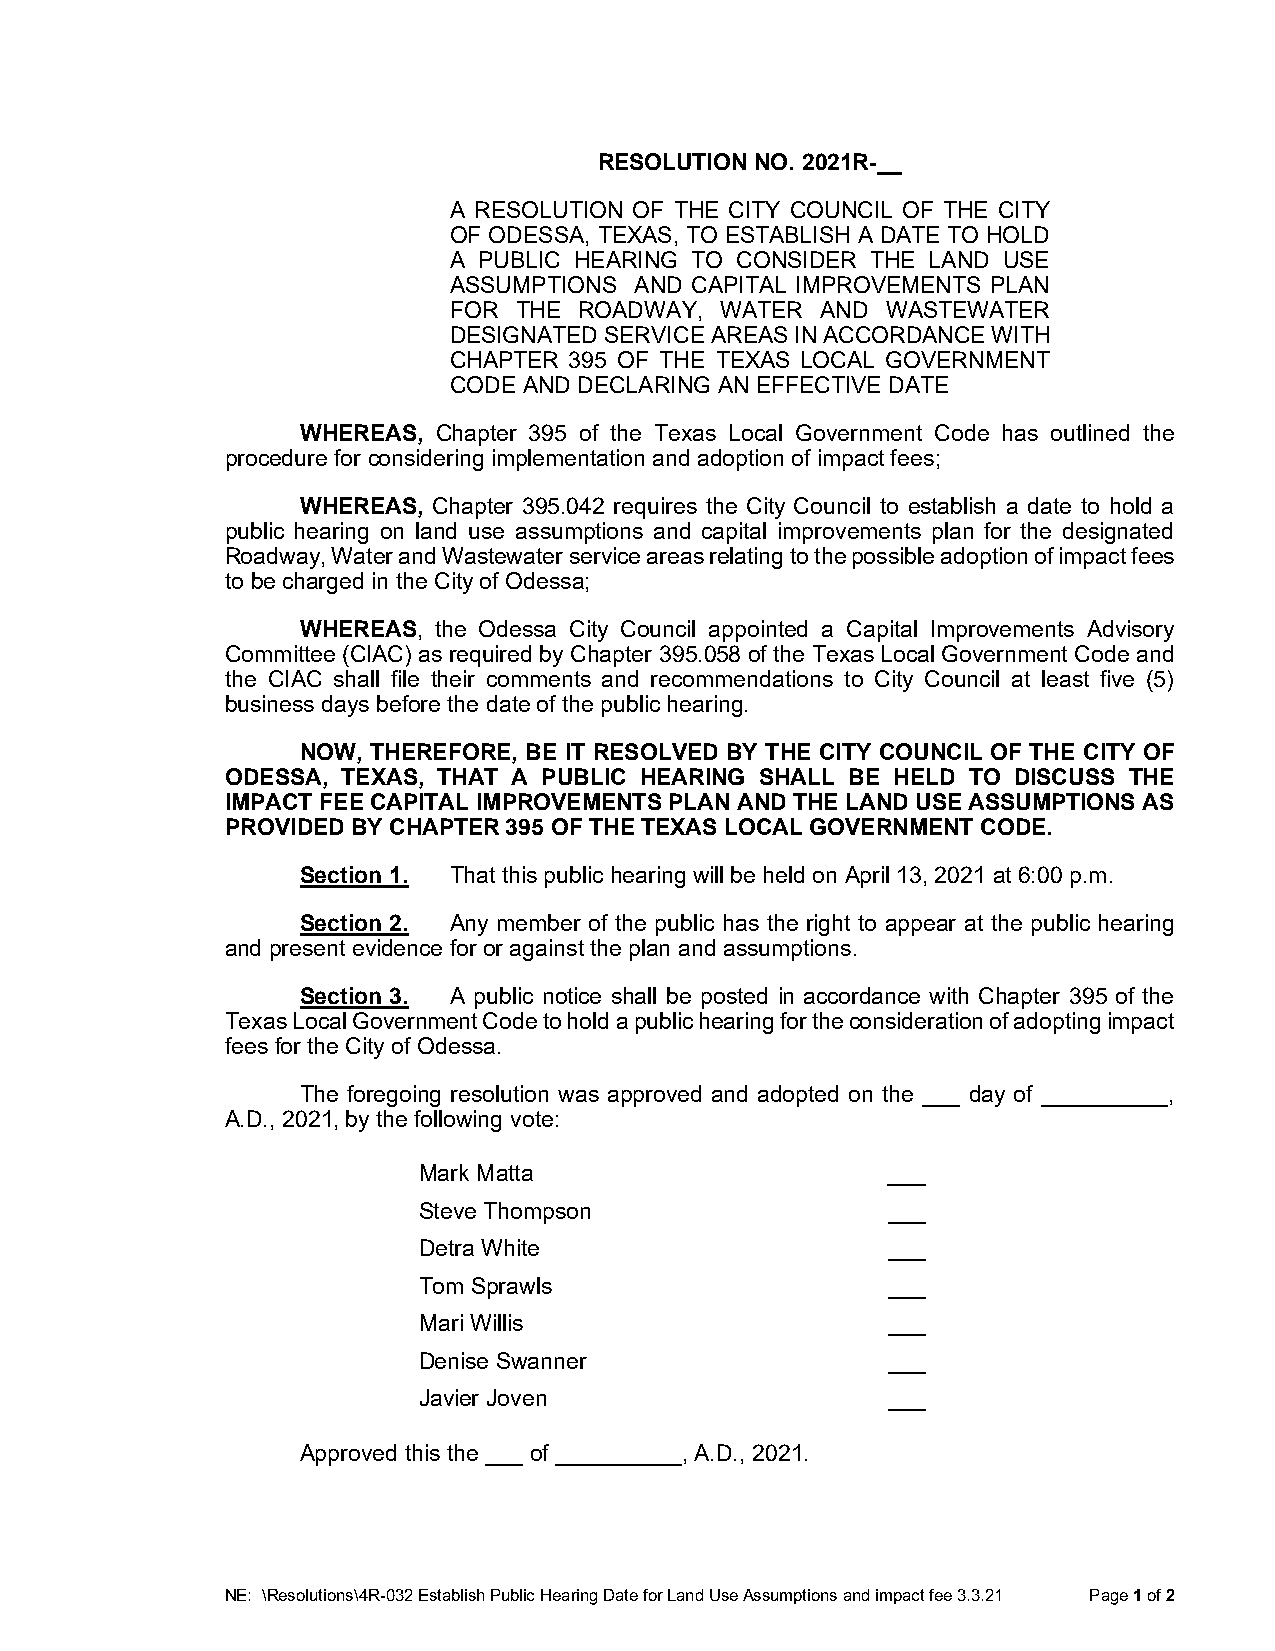
RESOLUTION NO. 2021R-__
 A RESOLUTION OF THE CITY COUNCIL OF THE CITY
 OF ODESSA, TEXAS, TO ESTABLISH A DATE TO HOLD
 A PUBLIC HEARING TO CONSIDER THE LAND USE
 ASSUMPTIONS AND CAPITAL IMPROVEMENTS PLAN
 FOR THE ROADWAY,  WATER AND  WASTEWATER
 DESIGNATED SERVICE AREAS IN ACCORDANCE WITH
 CHAPTER 395 OF THE TEXAS LOCAL GOVERNMENT
 CODE AND DECLARING AN EFFECTIVE DATE
 WHEREAS, Chapter 395 of the Texas Local Government Code has outlined the
 procedure for considering implementation and adoption of impact fees;
 WHEREAS, Chapter 395.042 requires the City Council to establish a date to hold a
 public hearing on land use assumptions and capital improvements plan for the designated
 Roadway, Water and Wastewater service areas relating to the possible adoption of impact fees
 to be charged in the City of Odessa;
 WHEREAS, the Odessa City Council appointed a Capital Improvements Advisory
 Committee (CIAC) as required by Chapter 395.058 of the Texas Local Government Code and
 the CIAC shall file their comments and recommendations to City Council at least five (5)
 business days before the date of the public hearing.
 NOW, THEREFORE, BE IT RESOLVED BY THE CITY COUNCIL OF THE CITY OF
 ODESSA, TEXAS, THAT A PUBLIC HEARING SHALL BE HELD TO DISCUSS THE
 IMPACT FEE CAPITAL IMPROVEMENTS PLAN AND THE LAND USE ASSUMPTIONS AS
 PROVIDED BY CHAPTER 395 OF THE TEXAS LOCAL GOVERNMENT CODE.
 Section 1. That this public hearing will be held on April 13, 2021 at 6:00 p.m.
 Section 2. Any member of the public has the right to appear at the public hearing
 and present evidence for or against the plan and assumptions.
 Section 3. A public notice shall be posted in accordance with Chapter 395 of the
 Texas Local Government Code to hold a public hearing for the consideration of adopting impact
 fees for the City of Odessa.
 The foregoing resolution was approved and adopted on the ___ day of __________,
 A.D., 2021, by the following vote:
 Mark Matta                     ___
 Steve Thompson                 ___
 Detra White                    ___
 Tom Sprawls                    ___
 Mari Willis                    ___
 Denise Swanner                 ___
 Javier Joven                   ___
 Approved this the ___ of __________, A.D., 2021.
 NE: \Resolutions\4R-032 Establish Public Hearing Date for Land Use Assumptions and impact fee 3.3.21 Page 1 of 2